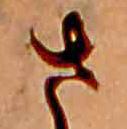
さ